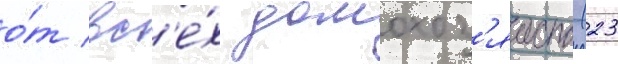
о́т вс'е́х домохоз'яиств (23